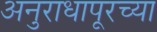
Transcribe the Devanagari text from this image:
अनुराधापूरच्या